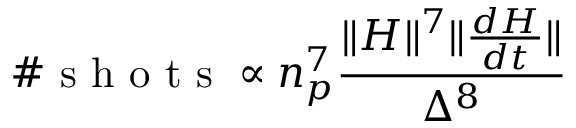
\mathrm { ~ \# ~ s ~ h ~ o ~ t ~ s ~ } \propto n _ { p } ^ { 7 } \frac { \lVert H \rVert ^ { 7 } \lVert \frac { d H } { d t } \rVert } { \Delta ^ { 8 } }